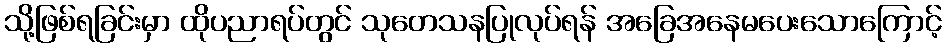
သို့ဖြစ်ရခြင်းမှာ ထိုပညာရပ်တွင် သုတေသနပြုလုပ်ရန် အခြေအနေမပေးသောကြောင့်